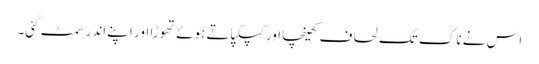
اس نے ناک تک لحاف کھینچا اور کپکپاتے ہوئے تھوڑا اور اپنے اندر سمٹ گئی۔